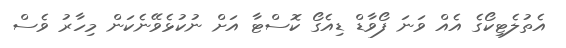
އެތުލެޓިކޯގެ އެއް ވަނަ ފޯވާޑް ޑިއެގޯ ކޮސްޓާ އަށް ނުކުޅެވޭނެކަން މިހާރު ވެސް